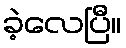
ခဲ့လေပြီ။